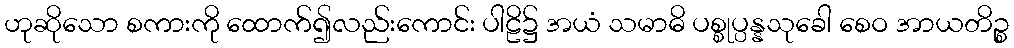
ဟုဆိုသော စကားကို ထောက်၍လည်းကောင်း ပါဠိ၌ အယံ သမာဓိ ပစ္စုပ္ပန္နသုခေါ စေဝ အာယတိဉ္စ